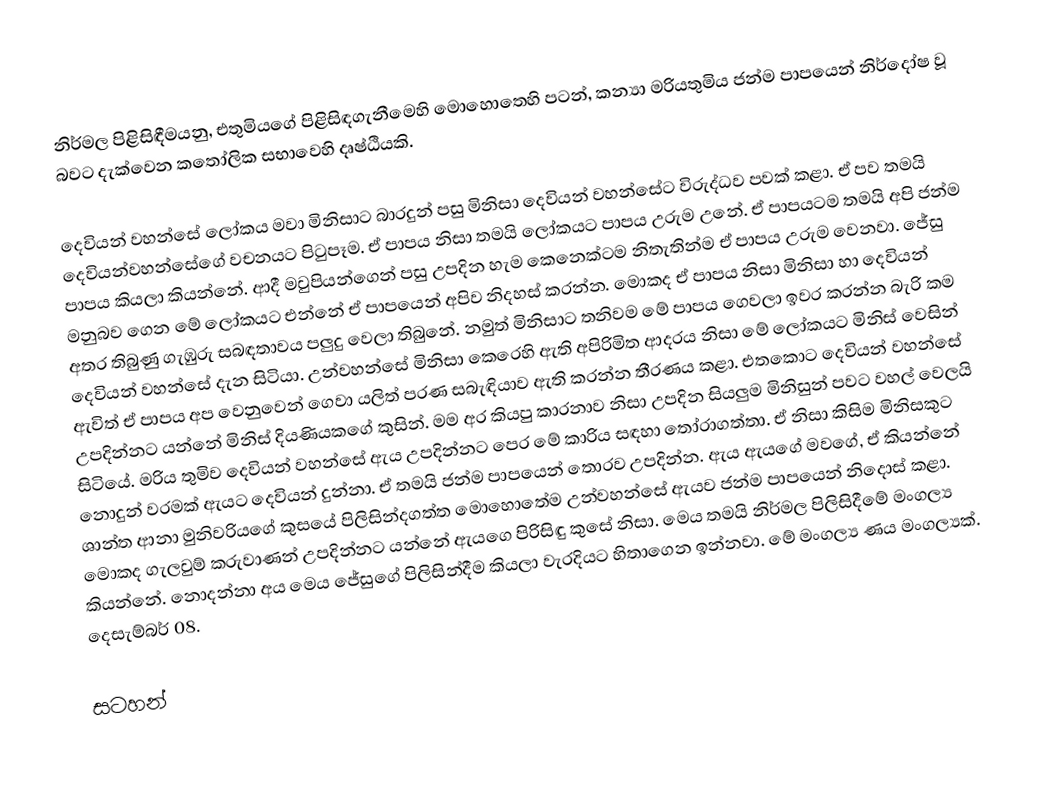
නිර්මල පිළිසිඳීමයනු,  එතුමියගේ පිළිසිඳගැනීමෙහි මොහොතෙහි පටන්, කන්‍යා මරියතුමිය ජන්ම පාපයෙන් නිර්දෝෂ වූ බවට දැක්වෙන කතෝලික සභාවෙහි දෘෂ්ඨියකි.

දෙවියන් වහන්සේ ලෝකය මවා මිනිසාට බාරදුන් පසු මිනිසා දෙවියන් වහන්සේට විරුද්ධව පවක් කළා. ඒ පව තමයි දෙවියන්වහන්සේගේ වචනයට පිටුපෑම. ඒ පාපය නිසා තමයි ලෝකයට පාපය උරුම උනේ. ඒ පාපයටම තමයි අපි ජන්ම පාපය කියලා කියන්නේ. ආදී මවුපියන්ගෙන් පසු උපදින හැම කෙනෙක්ටම නිතැතින්ම ඒ පාපය උරුම වෙනවා. ජේසු මනුබව ගෙන මේ ලෝකයට එන්නේ ඒ පාපයෙන් අපිව නිදහස් කරන්න. මොකද ඒ පාපය නිසා මිනිසා හා දෙවියන් අතර තිබුණු ගැඹුරු සබඳතාවය පලුදු වෙලා තිබුනේ. නමුත් මිනිසාට තනිවම මේ පාපය ගෙවලා ඉවර කරන්න බැරි කම දෙවියන් වහන්සේ දැන සිටියා. උන්වහන්සේ මිනිසා කෙරෙහි ඇති අපිරිමිත ආදරය නිසා මේ ලෝකයට මිනිස් වෙසින් ඇවිත් ඒ පාපය අප වෙනුවෙන් ගෙවා යලිත් පරණ සබැඳියාව ඇති කරන්න තීරණය කළා. එතකොට දෙවියන් වහන්සේ උපදින්නට යන්නේ මිනිස් දියණියකගේ කුසින්. මම අර කියපු කාරනාව නිසා උපදින සියලුම මිනිසුන් පවට වහල් වෙලයි සිටියේ. මරිය තුමිව දෙවියන් වහන්සේ ඇය උපදින්නට පෙර මේ කාරිය සඳහා තෝරාගත්තා. ඒ නිසා කිසිම මිනිසකුට නොදුන් වරමක් ඇයට දෙවියන් දුන්නා. ඒ තමයි ජන්ම පාපයෙන් තොරව උපදින්න. ඇය ඇයගේ මවගේ, ඒ කියන්නේ ශාන්ත ආනා මුනිවරියගේ කුසයේ පිලිසින්දගත්ත මොහොතේම උන්වහන්සේ ඇයව ජන්ම පාපයෙන් නිදොස් කළා. මොකද ගැලවුම් කරුවාණන් උපදින්නට යන්නේ ඇයගෙ පිරිසිඳු කුසේ නිසා. මෙය තමයි නිර්මල පිලිසිදීමේ මංගල්‍ය කියන්නේ. නොදන්නා අය මෙය ජේසුගේ පිලිසින්දීම කියලා වැරදියට හිතාගෙන ඉන්නවා. මේ මංගල්‍ය ණය මංගල්‍යක්. දෙසැම්බර් 08.

සටහන්